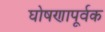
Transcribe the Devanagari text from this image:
घोषणापूर्वक